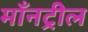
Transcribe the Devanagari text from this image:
माँनट्रील